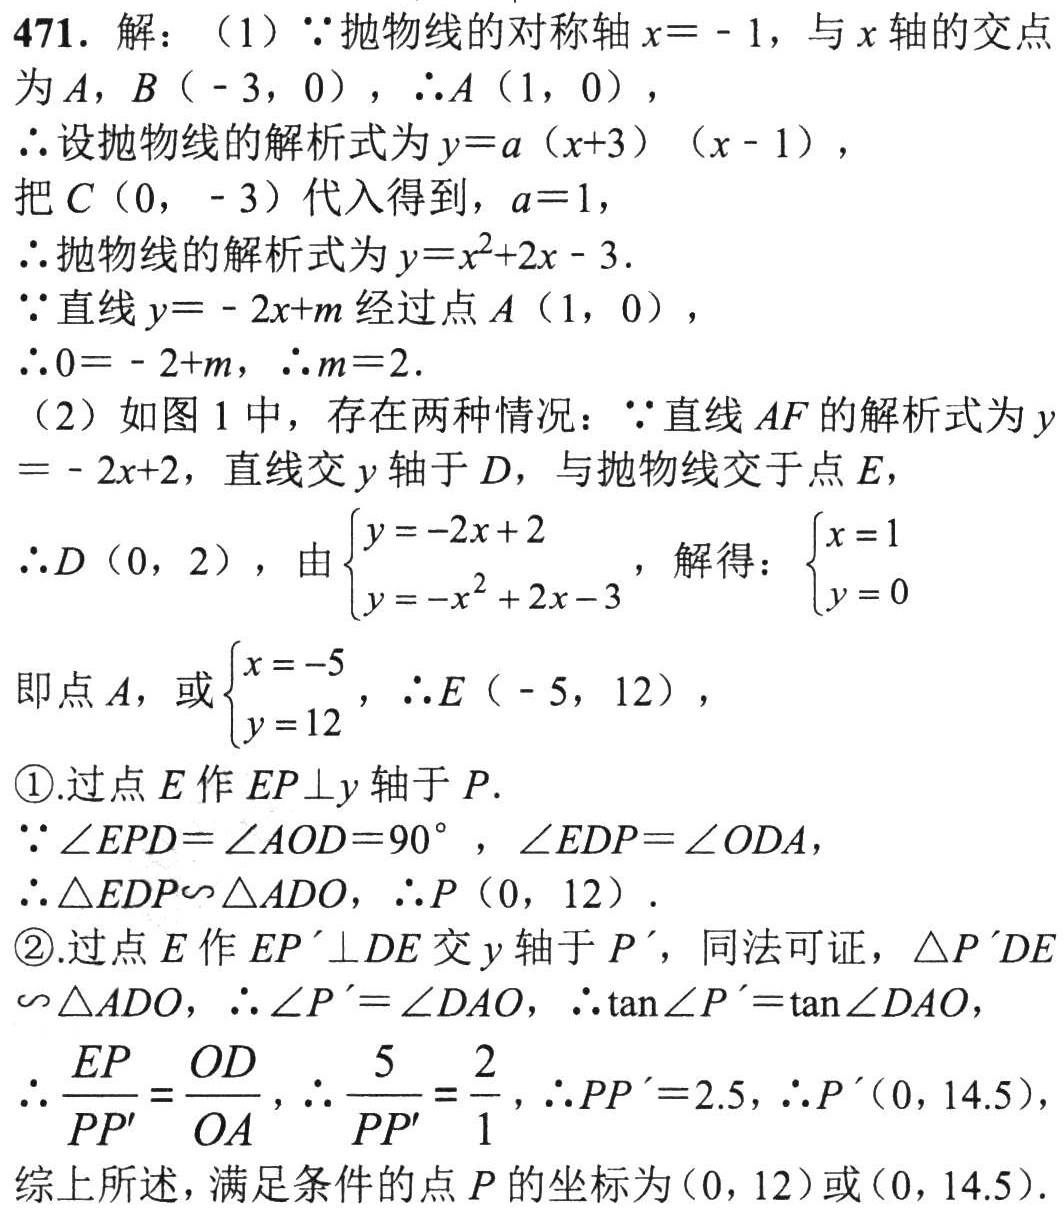
471. 解：（1）\(\because\)抛物线的对称轴\(x = - 1\)，与\(x\)轴的交点为\(A\)，\(B(-3,0)\)，\(\therefore A(1,0)\)，
\(\therefore\)设抛物线的解析式为\(y = a(x + 3)(x - 1)\)，
把\(C(0,-3)\)代入得到，\(a = 1\)，
\(\therefore\)抛物线的解析式为\(y = x^{2}+2x - 3\).
\(\because\)直线\(y = - 2x + m\)经过点\(A(1,0)\)，
\(\therefore 0 = - 2 + m\)，\(\therefore m = 2\).
（2）如图1中，存在两种情况：\(\because\)直线\(AF\)的解析式为\(y=-2x + 2\)，直线交\(y\)轴于\(D\)，与抛物线交于点\(E\)，
\(\therefore D(0,2)\)，由\(\begin{cases}y = - 2x + 2\\y = - x^{2}+2x - 3\end{cases}\)，解得：\(\begin{cases}x = 1\\y = 0\end{cases}\)即点\(A\)，或\(\begin{cases}x = - 5\\y = 12\end{cases}\)，\(\therefore E(-5,12)\)，
\textcircled{1}.过点\(E\)作\(EP\perp y\)轴于\(P\).
\(\because\angle EPD=\angle AOD = 90^{\circ}\)，\(\angle EDP=\angle ODA\)，
\(\therefore\triangle EDP\sim\triangle ADO\)，\(\therefore P(0,12)\).
\textcircled{2}.过点\(E\)作\(EP'\perp DE\)交\(y\)轴于\(P'\)，同法可证，\(\triangle P'DE\sim\triangle ADO\)，\(\therefore\angle P'=\angle DAO\)，\(\therefore\tan\angle P'=\tan\angle DAO\)，
\(\therefore\frac{EP}{PP'}=\frac{OD}{OA}\)，\(\therefore\frac{5}{PP'}=\frac{2}{1}\)，\(\therefore PP' = 2.5\)，\(\therefore P'(0,14.5)\)，
综上所述，满足条件的点\(P\)的坐标为\((0,12)\)或\((0,14.5)\).